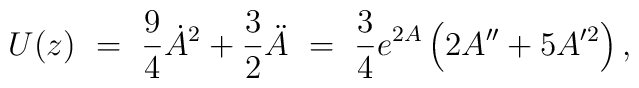
U(z)      \ = \   \frac{9}{4}\dot{A}^2             + \frac{3}{2}\ddot{A}      \ = \   \frac{3}{4} e^{2A}              \left( 2A'' + 5 A'^2              \right),